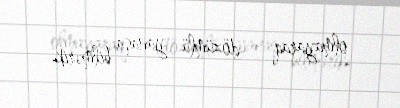
olmayaraq – dözümlü yanaşa bilmərik.